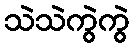
သဲသဲကွဲကွဲ